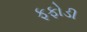
ફફોડી